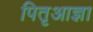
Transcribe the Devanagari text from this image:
पितृआज्ञा